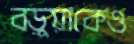
বড়ুয়াকেও